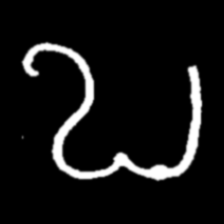
Pyu character \u2014 Myanmar letter: ဎ (romanized: ddha)